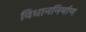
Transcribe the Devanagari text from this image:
विधाननिर्माण